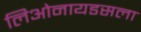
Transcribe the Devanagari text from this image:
लिओनायडसला